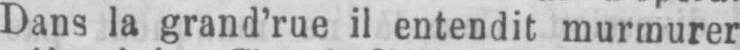
Dans la grand’rue il entendit murmurer